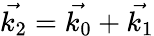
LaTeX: \vec{k_{2}}=\vec{k_{0}}+\vec{k_{1}}